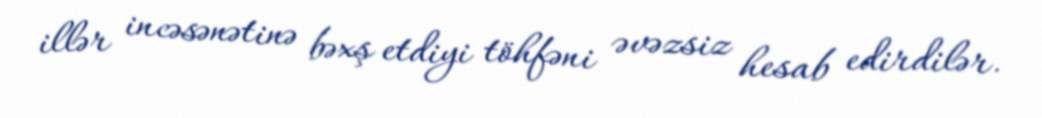
illər incəsənətinə bəxş etdiyi töhfəni əvəzsiz hesab edirdilər.